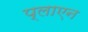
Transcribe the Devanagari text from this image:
प्लाएन